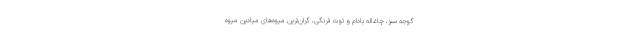
گوجه سبز، چاغاله بادام و توت فرنگی، گران‌ترین میوه‌های میادین میوه